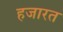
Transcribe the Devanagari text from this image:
हजारत